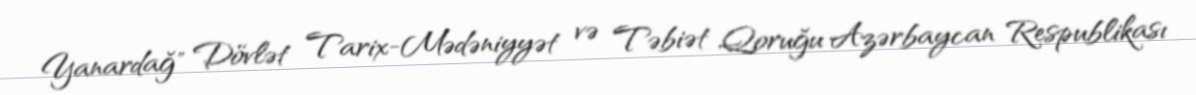
Yanardağ" Dövlət Tarix-Mədəniyyət və Təbiət Qoruğu Azərbaycan Respublikası